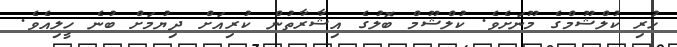
ހުރި ކުލްޝޫމްގެ މޫނަށެވެ. ކުލްޝޫމް ބޮލުގެ އިޝާރާތުން ކުރިއަށް ދިޔުމަށް ބުނެ ހީލިއެވެ.